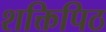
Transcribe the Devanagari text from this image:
शक्तिपिठ